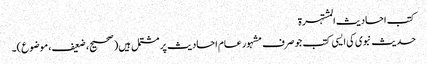
کتب احادیث المشتہرۃ
حدیث نبوی کی ایسی کتب جو صرف مشہور عام احادیث پر مشتمل ہیں (صحیح، ضعیف، موضوع)۔